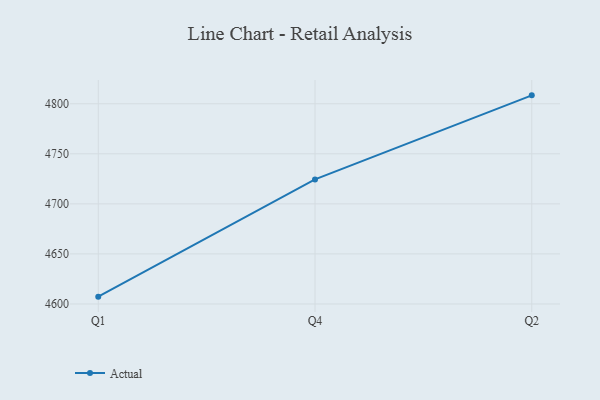
{"axis": {"x": "Quarter", "y": "LTV (USD)"}, "legend": ["Actual"], "data": [{"x": "Q1", "y": 4607.3, "type": "Actual"}, {"x": "Q4", "y": 4724.4, "type": "Actual"}, {"x": "Q2", "y": 4808.4, "type": "Actual"}]}